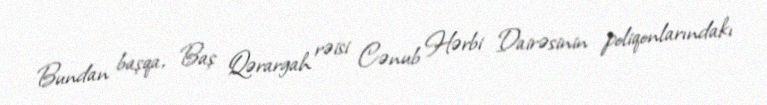
Bundan başqa, Baş Qərargah rəisi Cənub Hərbi Dairəsinin poliqonlarındakı